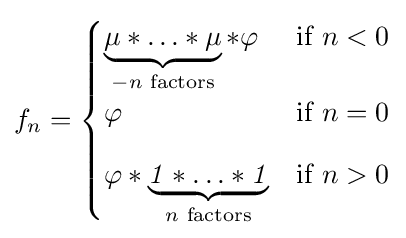
f_{n}={\begin{cases}\underbrace {\mu *\ldots *\mu } _{-n{\text{ factors}}}*\varphi &{\text{if }}n<0\\[8px]\varphi &{\text{if }}n=0\\[8px]\varphi *\underbrace {{\mathit {1}}*\ldots *{\mathit {1}}} _{n{\text{ factors}}}&{\text{if }}n>0\end{cases}}